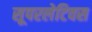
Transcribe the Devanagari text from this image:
सूपरलेटिवस